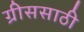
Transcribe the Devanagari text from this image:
ग्रीससाठी